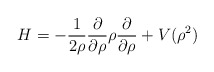
\begin{align*}H= -\frac{1}{2\rho}\frac{\partial}{\partial\rho}\rho \frac{\partial}{\partial\rho} + V(\rho^2) \end{align*}